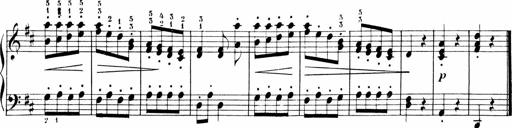
Title: 6 Liedersonatinen
Composer: Carl Reinecke